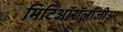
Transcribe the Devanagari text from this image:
मिटिऑरॉलॉजीआ